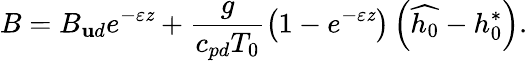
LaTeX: B=B_{\mathbf{u}d}e^{-\varepsilon\mathit{z}}+\frac{{g}}{{c_{pd}T_{0}}}\left(1-e^{-\varepsilon\mathit{z}}\right)\left(\widehat{{h_{0}}}-h_{0}^{*}\right).